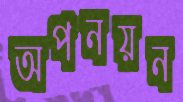
অপনয়ন